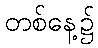
တစ်နေ့၌